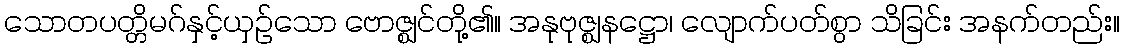
သောတပတ္တိမဂ်နှင့်ယှဉ်သော ဗောဇ္ဈင်တို့၏။ အနုဗုဇ္ဈနဋ္ဌော၊ လျောက်ပတ်စွာ သိခြင်း အနက်တည်း။